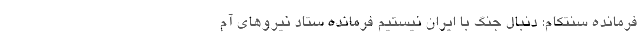
فرمانده سنتکام: دنبال جنگ با ایران نیستیم فرمانده ستاد نیروهای آم